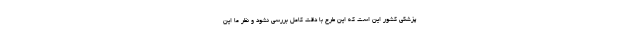
پزشکی کشور این است که این طرح با دقت کامل بررسی نشود و نظر ما این